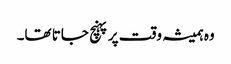
وہ ہمیشہ وقت پر پہنچ جاتا تھا۔